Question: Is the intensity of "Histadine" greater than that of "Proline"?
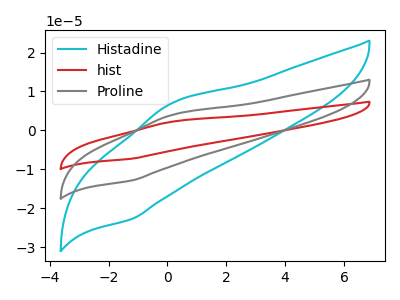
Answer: <think>The cyan curve "Histadine" has an anodic peak at (0.15V, 6.95uA) and a cathodic peak at (-1.20V, -22.75uA). The red curve "hist" has an anodic peak at (0.15V, 7.85uA) and a cathodic peak at (-1.20V, -25.70uA). The gray curve "Proline" has an anodic peak at (0.15V, 3.90uA) and a cathodic peak at (-1.20V, -12.85uA).
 All the peaks in "Histadine" have a peak in "Proline" at the same potential. Every peak in "Histadine" is higher than every peak in "Proline".</think>
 <answer>"Histadine" has more signal than "Proline".</answer>
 <eval>more_signal</eval>